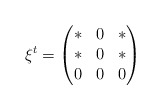
\begin{align*}\xi^t = \begin{pmatrix}* & 0 & * \\ * & 0 & * \\ 0 & 0 & 0\end{pmatrix}\end{align*}